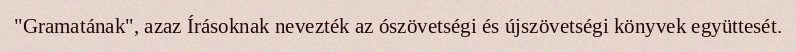
"Gramatának", azaz Írásoknak nevezték az ószövetségi és újszövetségi könyvek együttesét.